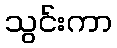
သွင်းကာ